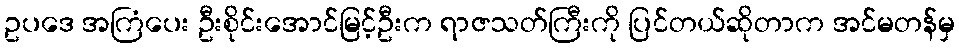
ဥပဒေ အကြံပေး ဦးစိုင်းအောင်မြင့်ဦးက ရာဇသတ်ကြီးကို ပြင်တယ်ဆိုတာက အင်မတန်မှ